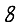
Digit: 8